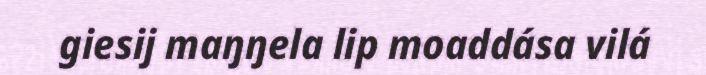
giesij maŋŋela lip moaddása vilá